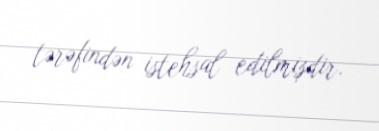
tərəfindən istehsal edilmişdir.